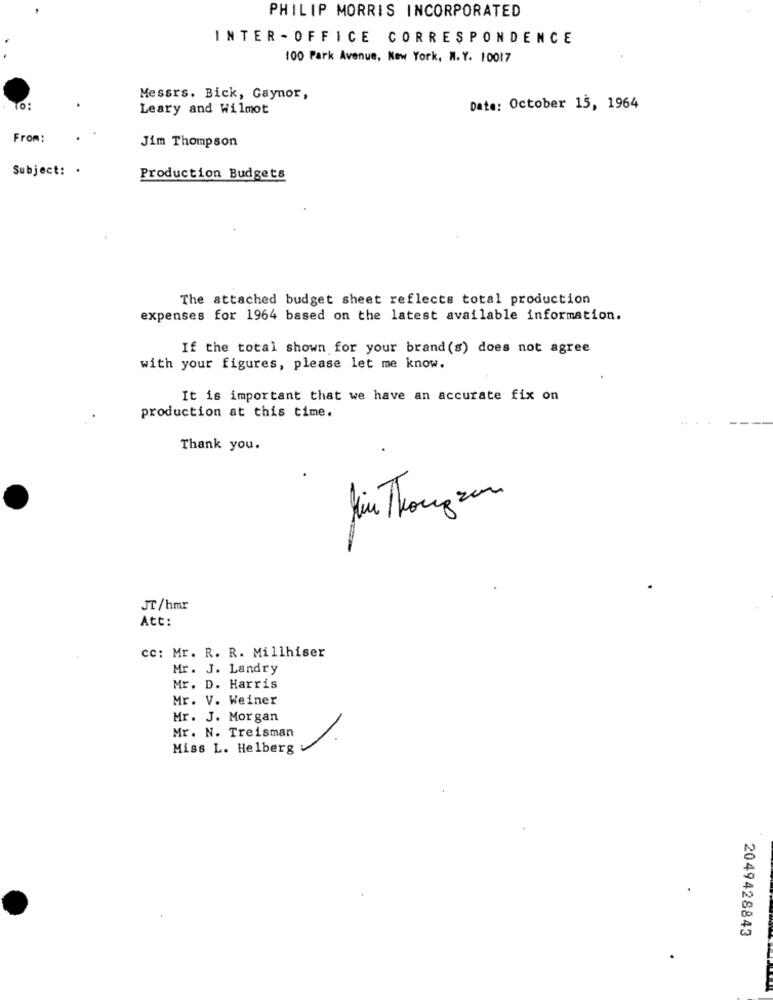
PHILIP MORRIS INCORPORATED
INTER - OFFICE CORRESPONDENCE
100 Park Avenue, New York, N. Y. 10017
Messrs. Bick, Gaynor,
TO:
Leary and Wilmot
Date: October 13, 1964
From:
Jim Thompson
Subject: .
Production Budgets
The attached budget sheet reflects total production
expenses for 1964 based on the latest available information.
If the total shown for your brand(s) does not agree
with your figures, please let me know.
It is important that we have an accurate fix on
production at this time.
Thank you.
.
hin Thongzon
JT/hmr
Att:
cc: Mr. R. R. Millhiser
Mr. J. Landry
Mr. D. Harris
Mr. V. Weiner
Mr. J. Morgan
Mr. N. Treisman
Miss L. Helberg
2049428843